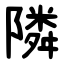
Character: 隣